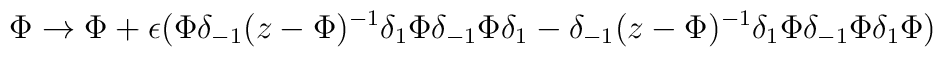
\Phi \rightarrow \Phi + \epsilon (\Phi \delta_{-1} (z-\Phi)^{-1} \delta_{1} \Phi \delta_{-1} \Phi \delta_{1} - \delta_{-1} (z-\Phi)^{-1} \delta_{1} \Phi \delta_{-1} \Phi \delta_{1} \Phi )